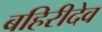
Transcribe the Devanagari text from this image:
बहिरीदेव